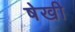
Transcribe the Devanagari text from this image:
षेखी